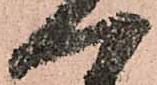
一